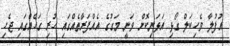
އުފުލާ ވެހިކަލް ގޯޅި އަޅަނިކޮށް ވަނީ މަގުގެ އެއްފަރާތެއްގައި ހުރި ގަހެއްގައި ޖެހި